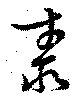
泰